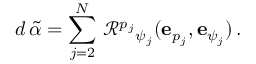
d \, \widetilde { \alpha } = \sum _ { j = 2 } ^ { N } \, \mathcal { R } ^ { p _ { j } } { } _ { \psi _ { j } } ( \mathbf { e } _ { p _ { j } } , \mathbf { e } _ { \psi _ { j } } ) \, .